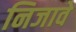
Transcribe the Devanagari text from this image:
निजावे